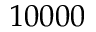
1 0 0 0 0